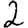
Digit: 2